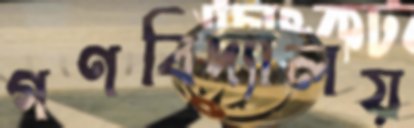
গণবিদ্যালয়